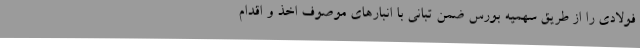
فولادی را از طریق سهمیه بورس ضمن تبانی با انبارهای موصوف اخذ و اقدام